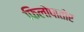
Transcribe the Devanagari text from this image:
फिलोपातोर